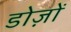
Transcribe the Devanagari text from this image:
डोज़ों